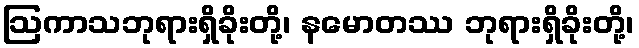
ဩကာသဘုရားရှိခိုးတို့၊ နမောတဿ ဘုရားရှိခိုးတို့၊